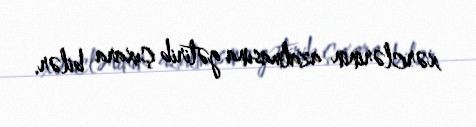
xərclərinin azalmasına gətirib çıxara bilər.